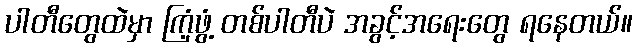
ပါတီတွေထဲမှာ ကြံ့ဖွံ့ တစ်ပါတီပဲ အခွင့်အရေးတွေ ရနေတယ်။